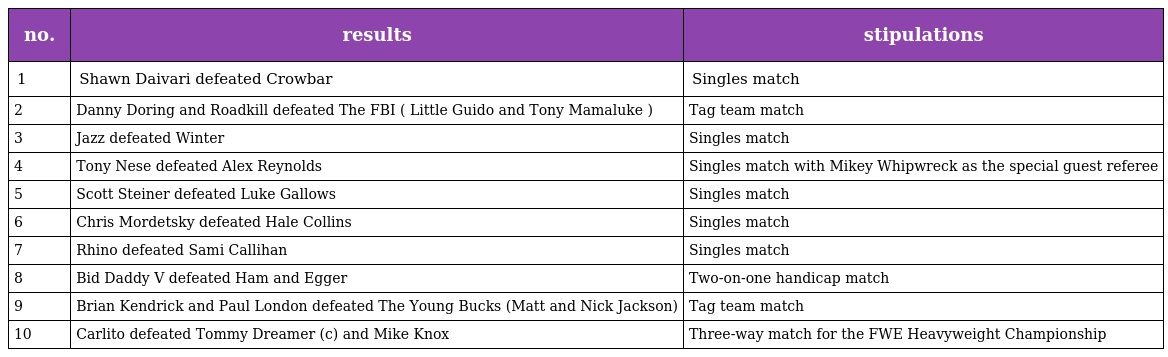
| no. | results | stipulations |
 | --- | --- | --- |
 | 1 | Shawn Daivari defeated Crowbar | Singles match |
 | 2 | Danny Doring and Roadkill defeated The FBI ( Little Guido and Tony Mamaluke ) | Tag team match |
 | 3 | Jazz defeated Winter | Singles match |
 | 4 | Tony Nese defeated Alex Reynolds | Singles match with Mikey Whipwreck as the special guest referee |
 | 5 | Scott Steiner defeated Luke Gallows | Singles match |
 | 6 | Chris Mordetsky defeated Hale Collins | Singles match |
 | 7 | Rhino defeated Sami Callihan | Singles match |
 | 8 | Bid Daddy V defeated Ham and Egger | Two-on-one handicap match |
 | 9 | Brian Kendrick and Paul London defeated The Young Bucks (Matt and Nick Jackson) | Tag team match |
 | 10 | Carlito defeated Tommy Dreamer (c) and Mike Knox | Three-way match for the FWE Heavyweight Championship |